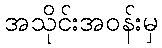
အသိုင်းအဝန်းမှ